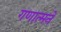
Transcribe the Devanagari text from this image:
गणात्मने